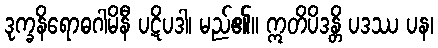
ဒုက္ခနိရောဓဂါမိနီ ပဋိပဒါ၊ မည်၏။ ဣတိပိဒန္တိ ပဒဿ ပန၊